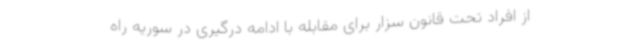
از افراد تحت قانون سزار برای مقابله با ادامه درگیری در سوریه راه